Indian journal of veterinary science and animal husbandry - Volume 1,
Year: 1931
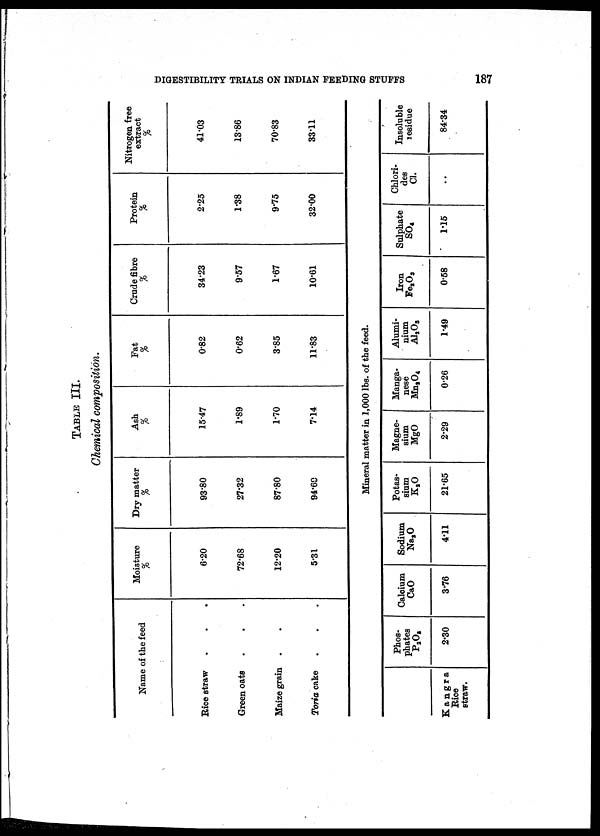
DIGESTIBILITY TRIALS ON INDIAN FEEDING STUFFS
187
TABLE III.
Chemical composition.
Name of the feed
Rice straw
Green oats
Maize grain
Toria cake
Moisture
%
6.20
72.68
12.20
5.31
Dry matter
%
93.80
27.32
87.80
94.69
Ash
%
15.47
1.89
1.70
7.14
Fat
%
0.82
0.62
3.85
11.83
Crude fibre
%
34.23
9.57
1.67
10.61
Protein
%
2.25
1.38
9.75
32.00
Nitrogen free
extract
%
41.03
13.86
70.83
33.11
Mineral matter in 1,000 lbs. of the feed.
Kangra
Rice
straw.
Phos-
phates
P ² O 3
2.30
Calcium
CaO
3.76
Sodium
Na ² O
4.11
Potas-
sium
K ² O
21.65
Magne-
sium
MgO
2.29
Manga-
nese
Mn ² O 4
0.26
Alumi-
nium
Al 2 O 3
1.49
Iron
Fe 2 O 3
0.58
Sulphate
SO 4
1.15
Chlori-
des
Cl.
••
Insoluble
residue
84.34